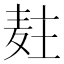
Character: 𱋍